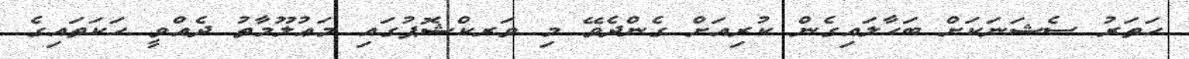
ހަތަރު ސެޝަނަކަށް ބަހާލައިގެން ކުރިއަށް ގެންދެވޭ މި ވަރކްޝޮޕުގައި މަޢުލޫމާތު ދެއްވީ ހަކަތައިގެ